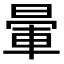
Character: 暈